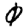
Digit: 0